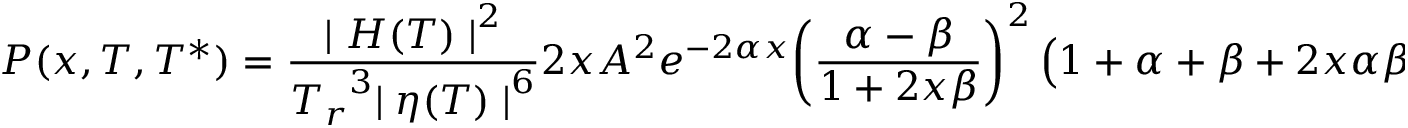
{ P ( x , T , T ^ { * } ) = { \frac { { \mid H ( T ) \mid } ^ { 2 } } { { T _ { r } } ^ { 3 } { \mid \eta ( T ) \mid } ^ { 6 } } } 2 x A ^ { 2 } e ^ { - 2 \alpha x } { \left( { \frac { \alpha - \beta } { 1 + 2 x \beta } } \right) } ^ { 2 } \left( 1 + \alpha + \beta + 2 x \alpha \beta - { 1 / { 4 x ^ { 2 } } } \right) }